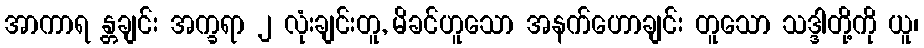
အာကာရ န္တချင်း အက္ခရာ ၂ လုံးချင်းတူ, မိခင်ဟူသော အနက်ဟောချင်း တူသော သဒ္ဒါတို့ကို ယူ၊